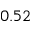
0 . 5 2